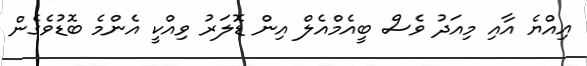
އިއްޔެ އާއި މިއަދު ވެސް ބީއެމްއެލް އިން ޑޮލަރު ވިއްކީ އެންމެ ބޮޑުވެގެން